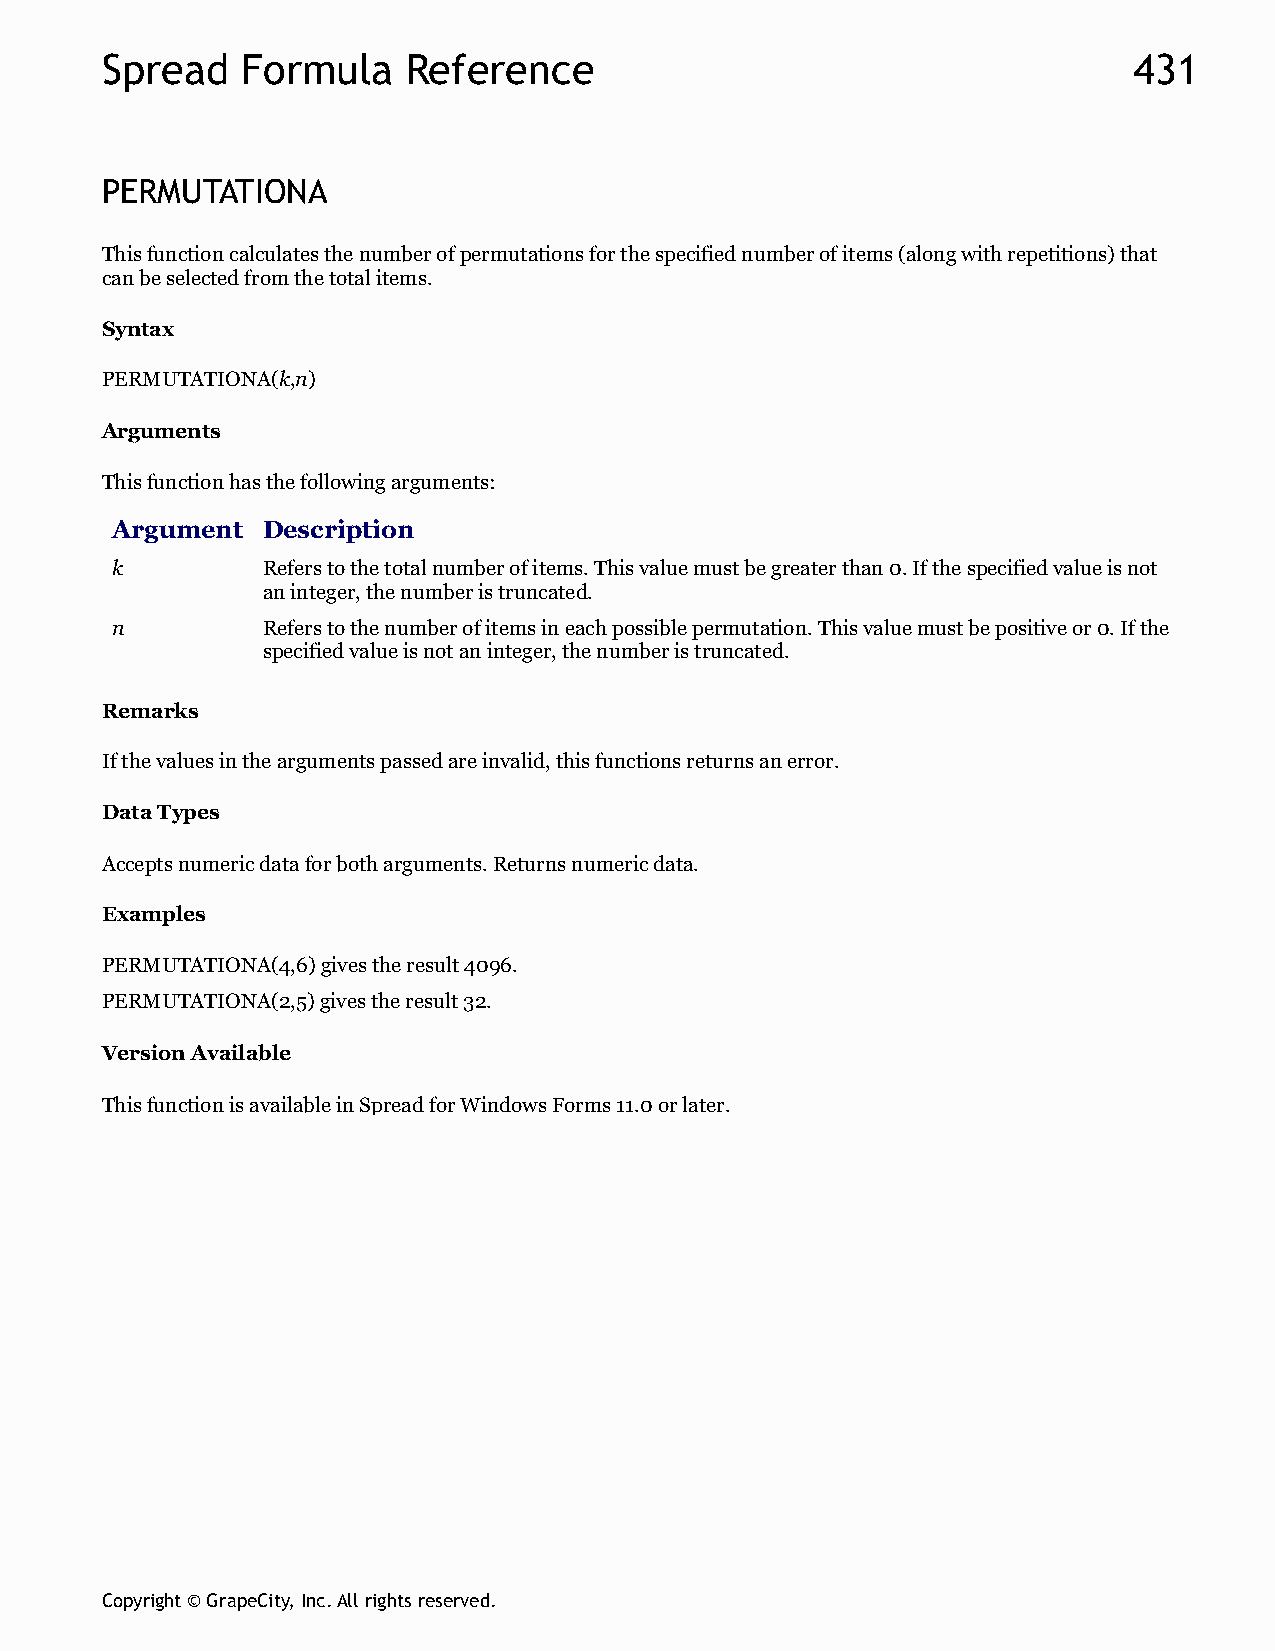
Spread   Formula    Reference                                       431
 PERMUTATIONA
 This function calculates the number of permutations for the specified number of items (along with repetitions) that
 can be selected from the total items.
 Syntax
 PERMUTATIONA(k,n)
 Arguments
 This function has the following arguments:
 Argument  Description
 k         Refers to the total number of items. This value must be greater than 0. If the specified value is not
 an integer, the number is truncated.
 n         Refers to the number of items in each possible permutation. This value must be positive or 0. If the
 specified value is not an integer, the number is truncated.
 Remarks
 If the values in the arguments passed are invalid, this functions returns an error.
 Data Types
 Accepts numeric data for both arguments. Returns numeric data.
 Examples
 PERMUTATIONA(4,6) gives the result 4096.
 PERMUTATIONA(2,5) gives the result 32.
 Version Available
 This function is available in Spread for Windows Forms 11.0 or later.
 Copyright © GrapeCity, Inc. All rights reserved.